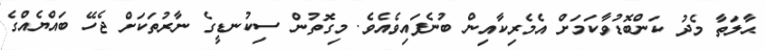
ޙާލަތާ މެދު ކަންބޮޑުވާކަމަށް އެމެރިކާއިން ބުނެފައިވެއެވެ. މިގޮތުން ސިކުނޑީގެ ނާރުތަކަށް ޖެހޭ ބައްޔެއްގެ